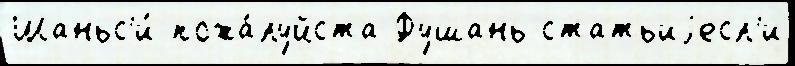
Шаньс'и́ пожа́луйста Фушань статьиjесл'и